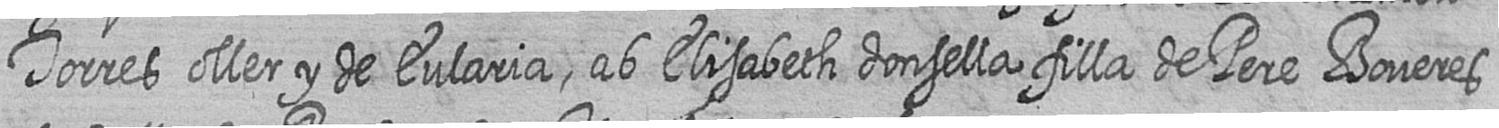
Torres oller y de Eularia ab Elisabeth donsella filla de Pere Boveres